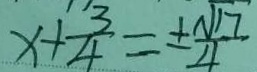
x + \frac { 3 } { 4 } = \pm \frac { \sqrt { 1 7 } } { 4 }